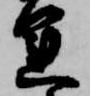
運